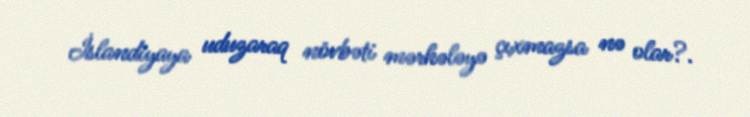
İslandiyaya uduzaraq növbəti mərhələyə çıxmazsa nə olar?.